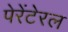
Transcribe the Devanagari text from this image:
पेरेंटेरल